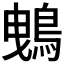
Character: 𪀕